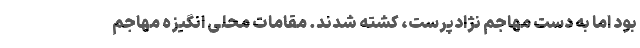
بود اما به دست مهاجم نژادپرست، کشته شدند. مقامات محلی انگیزه مهاجم